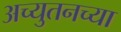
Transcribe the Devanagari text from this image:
अच्युतनच्या